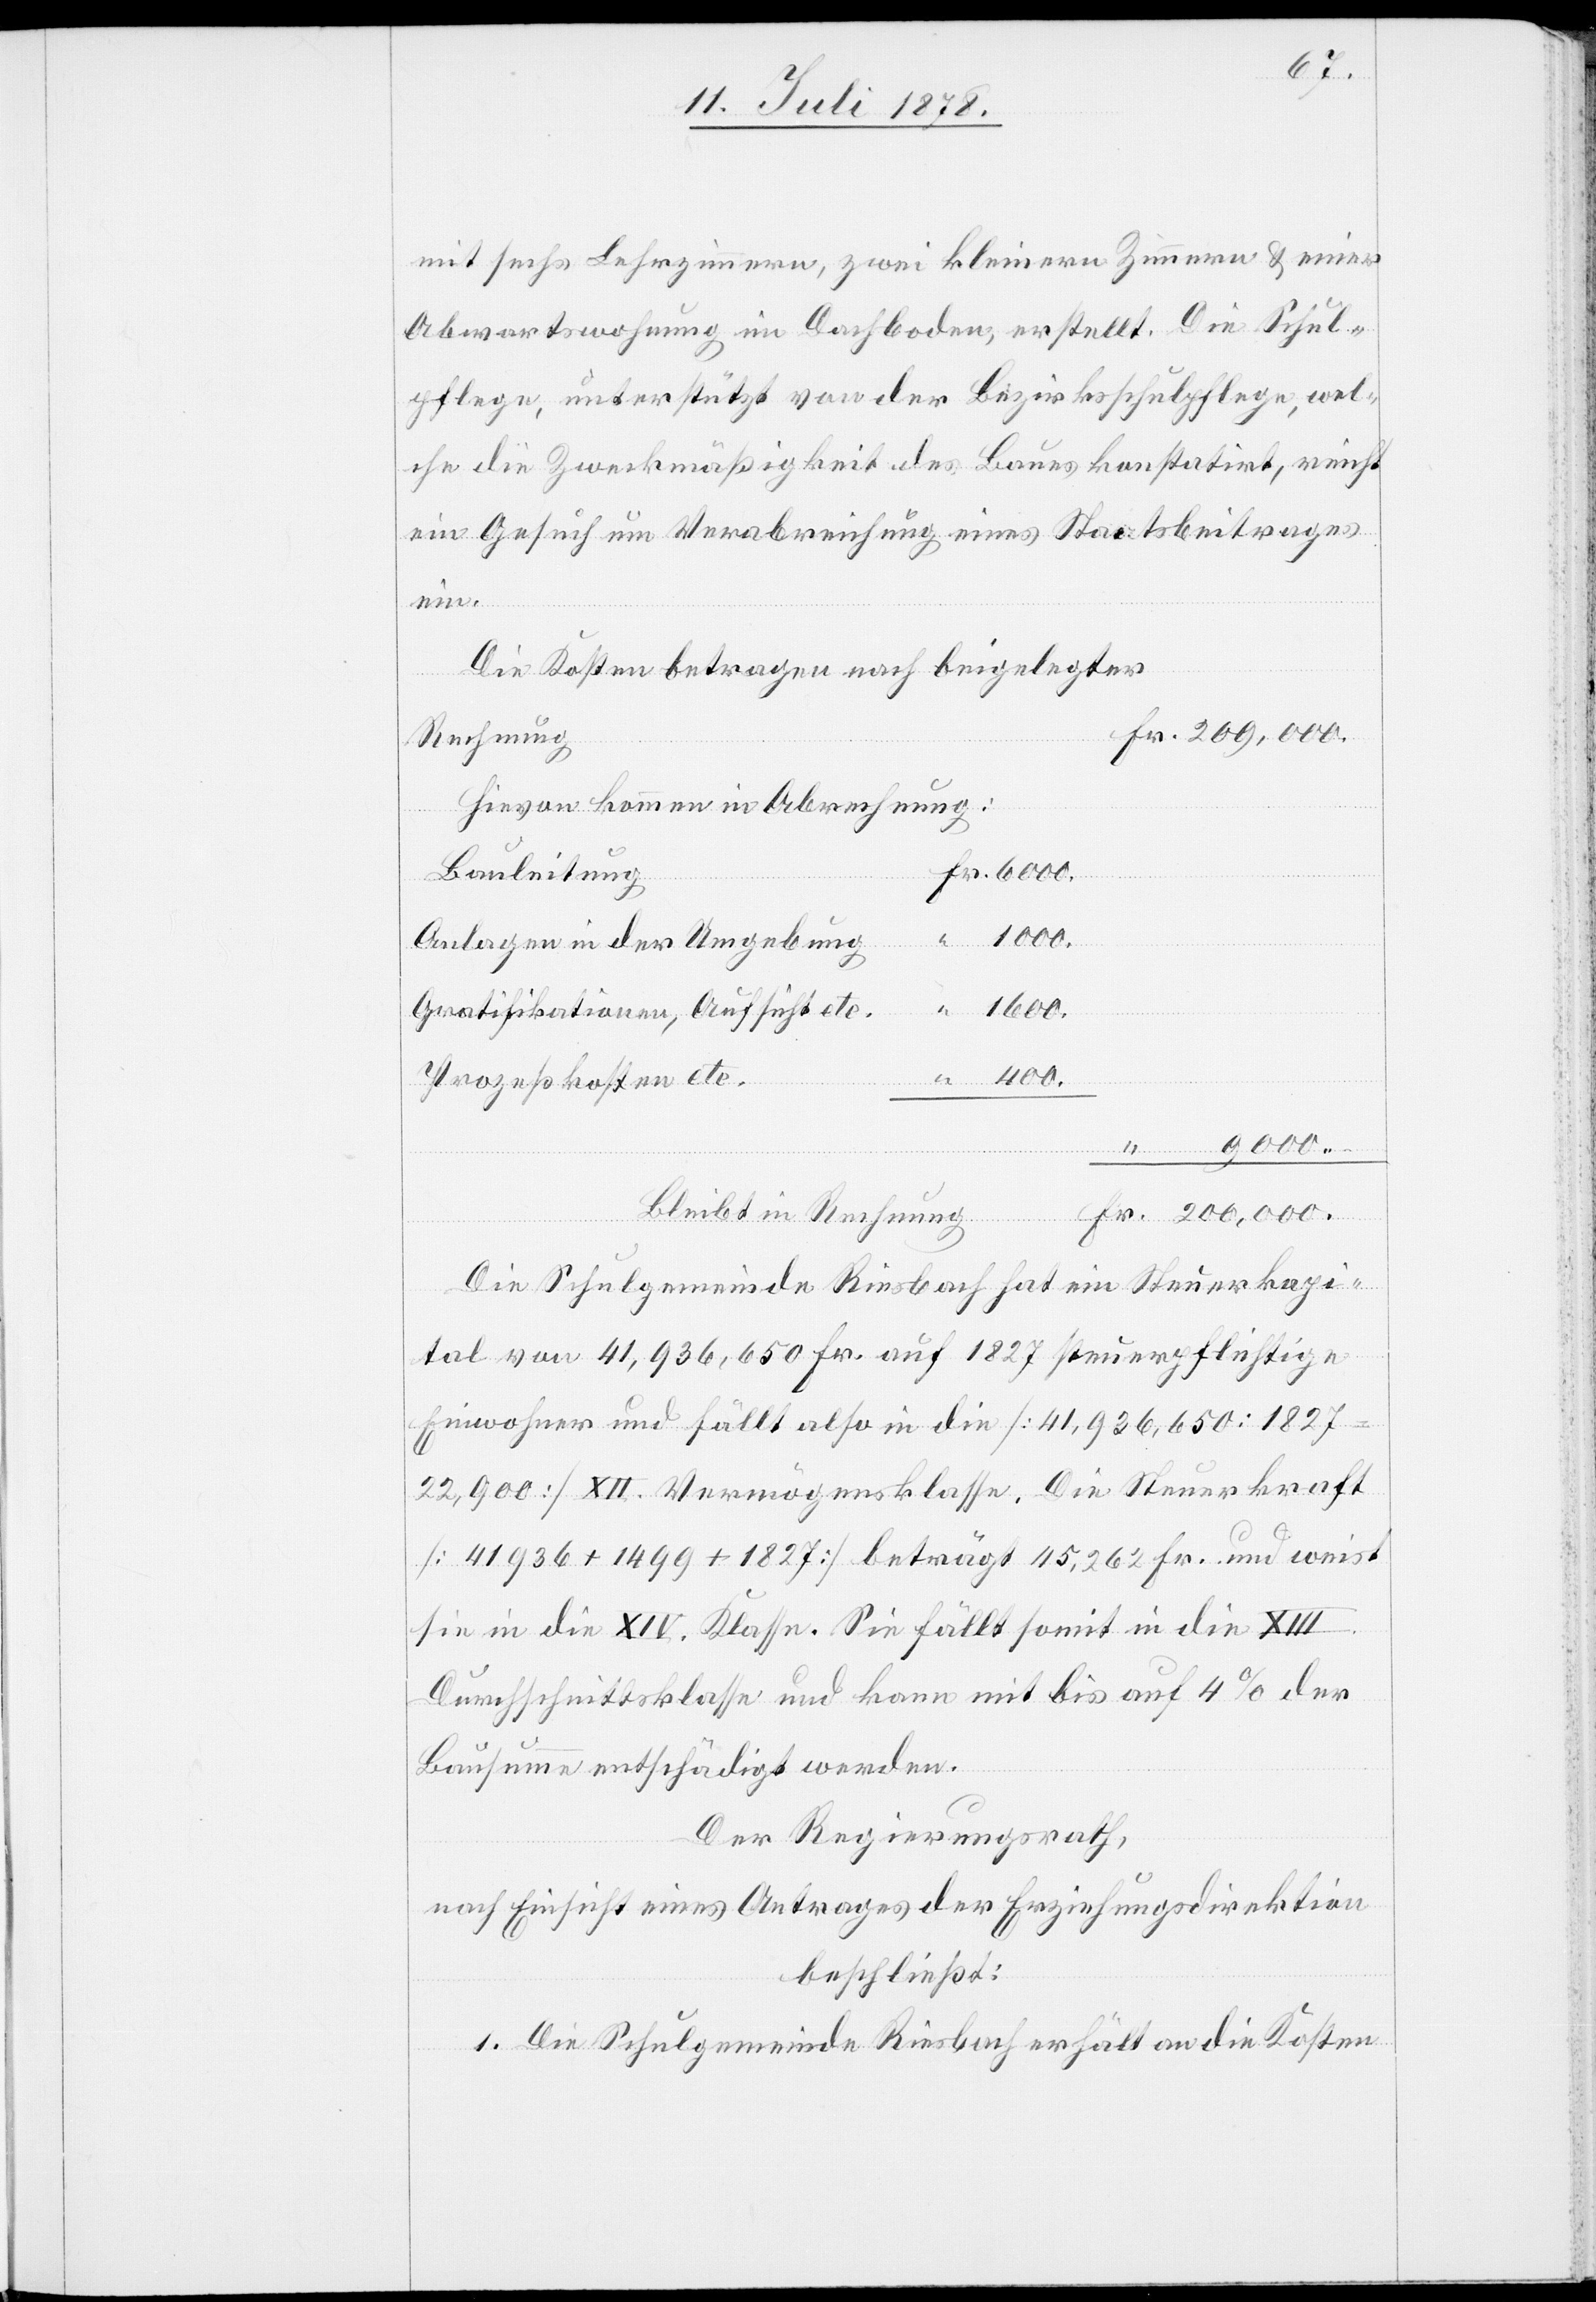
mit sechs Lehrzimmern, zwei kleinern Zimmern & einer
Abwartswohnung im Dachboden, erstellt. Die Schul¬
pflege, unterstützt von der Bezirksschulpflege, wel¬
che die Zweckmäßigkeit des Baues konstatirt, reicht
ein Gesuch um Verabreichung eines Staatsbeitrages
ein.
Die Kosten betragen nach beigelegter
Fr. 200,000.
Rechnung
Hievon kommen in Abrechnung:
Fr. 6000.
Bauleitung
Anlagen in der Umgebung
“ 1000.
Gratifikationen, Aufsicht etc.
“ 400.
Prozesskosten etc.
“ 9000.–
Die Schulgemeinde Riesbach hat ein Steuerkapi¬
tal von 41,936,650 Fr. auf 1827 steuerpflichtige
Bewohner und fällt also in die [41,936,650 : 1827
22,900] XII. Vermögensklasse. Die Steuerkraft
[41936 + 1499 + 1827] beträgt 115,262 Fr. und weist
sie in die XIV. Klasse. Sie fällt somit in die XIII.
Durchschnittsklasse und kann mit bis auf 4% der
Bausumme entschädigt werden.
Der Regierungsrath,
nach Einsicht eines Antrages der Erziehungsdirektion
beschließt:
1. Die Schulgemeinde Riesbach erhält an die Kosten